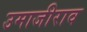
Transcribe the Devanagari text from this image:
उमाजीराव